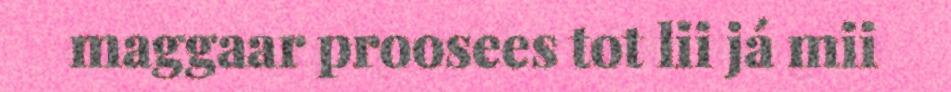
maggaar proosees tot lii já mii